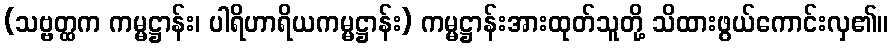
(သဗ္ဗတ္ထက ကမ္မဋ္ဌာန်း၊ ပါရိဟာရိယကမ္မဋ္ဌာန်း) ကမ္မဋ္ဌာန်းအားထုတ်သူတို့ သိထားဖွယ်ကောင်းလှ၏။